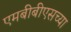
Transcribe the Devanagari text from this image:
एमबीबीएसच्या